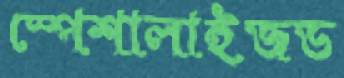
স্পেশালাইজড